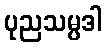
ပုညသမ္ပဒါ